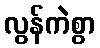
လွန်ကဲစွာ